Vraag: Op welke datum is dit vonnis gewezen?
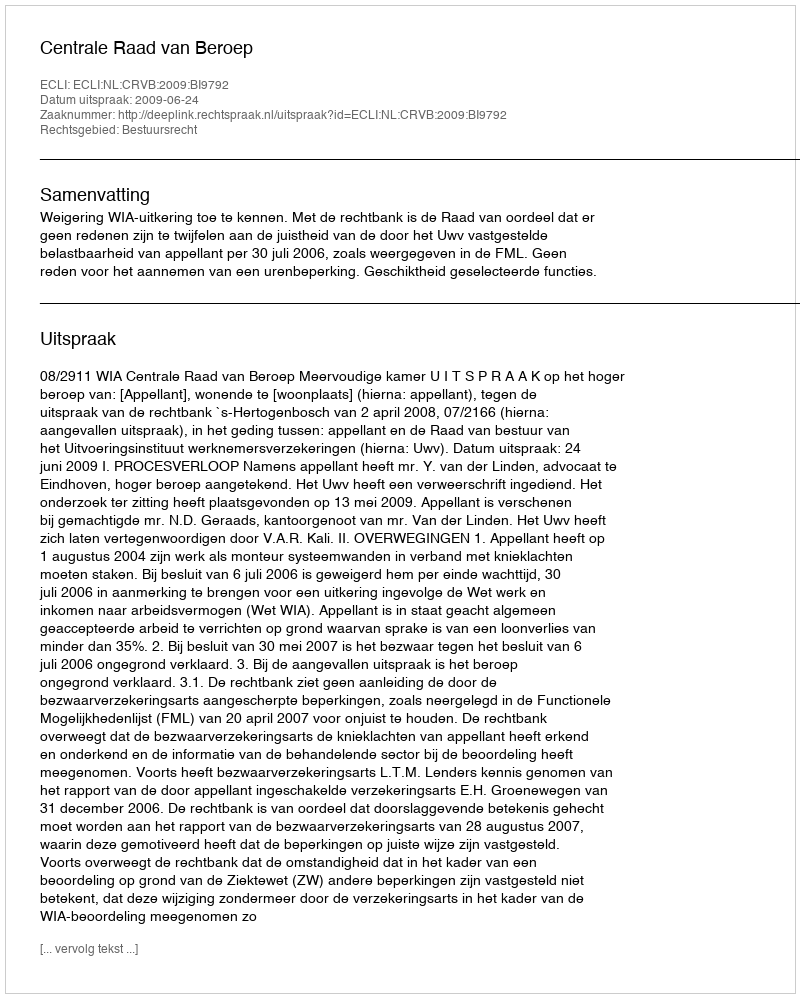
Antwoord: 2009-06-24